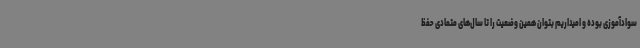
سوادآموزی بوده و امیداریم بتوان همین وضعیت را تا سال‌های متمادی حفظ